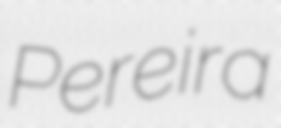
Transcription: Pereira